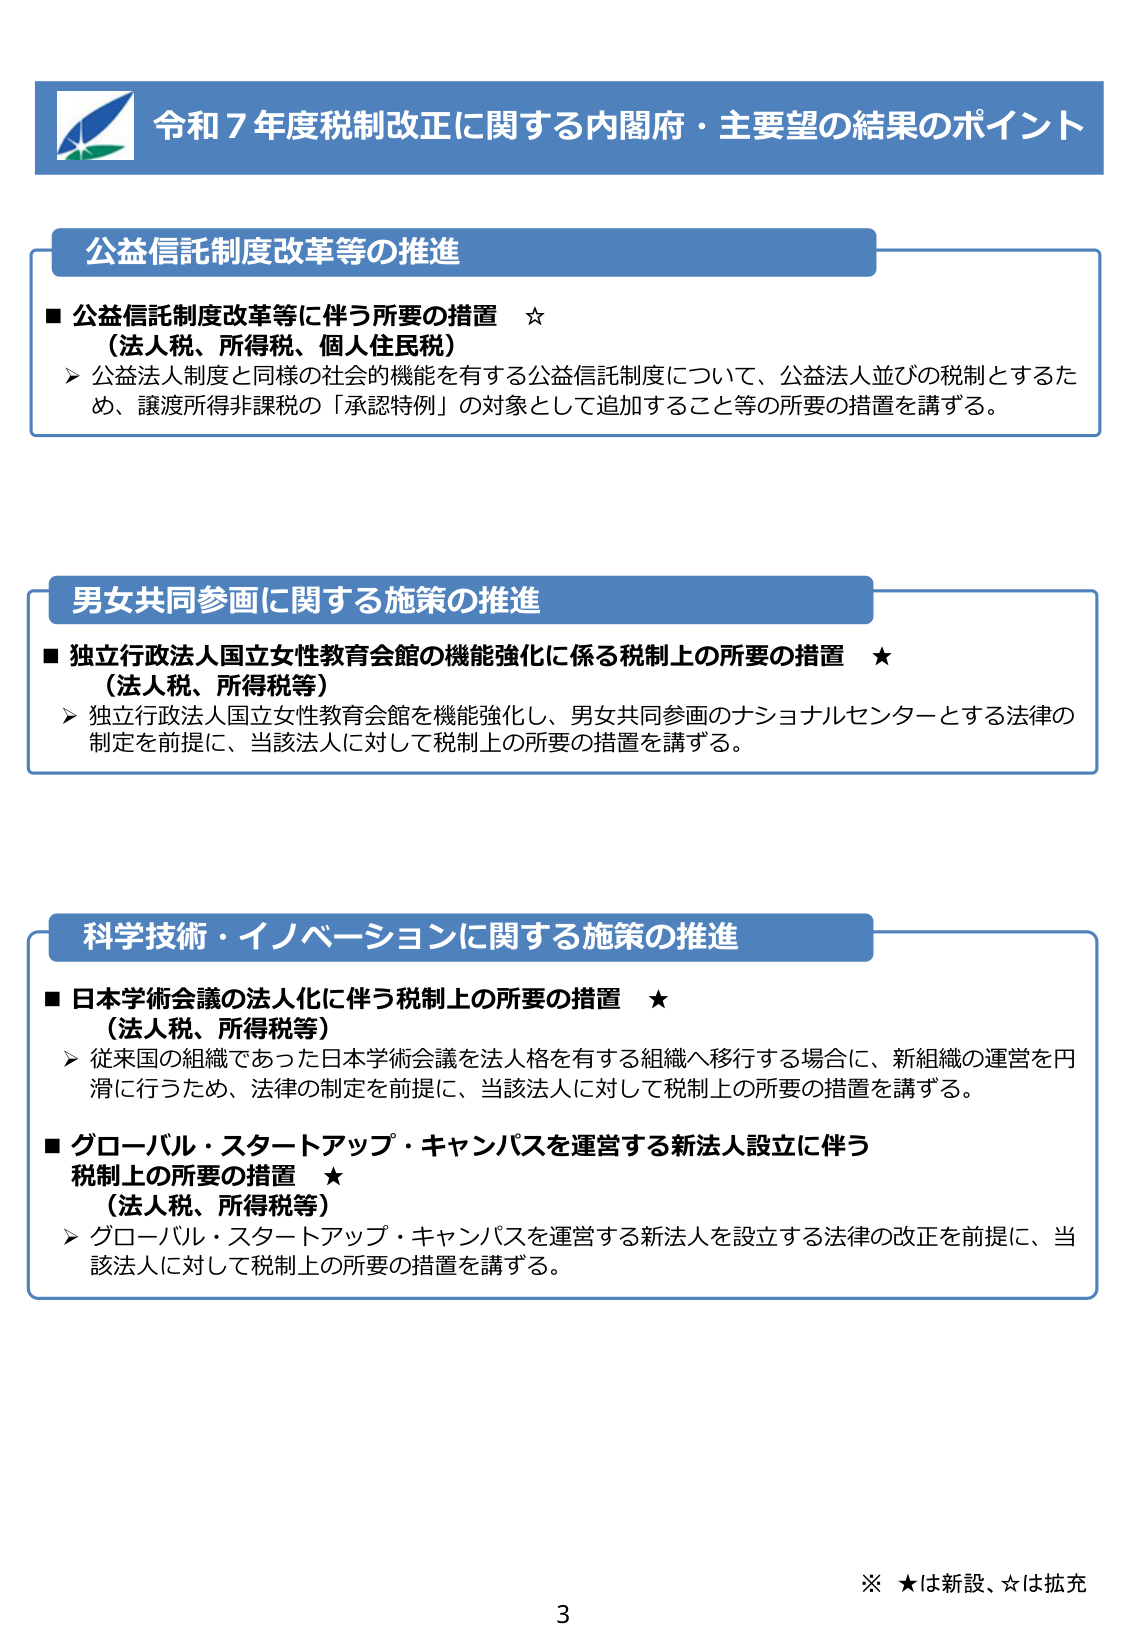
令和７年度税制改正に関する内閣府・主要望の結果のポイント

公益信託制度改革等の推進

■ 公益信託制度改革等に伴う所要の措置 ☆
（法人税、所得税、個人住民税）
▶ 公益法人制度と同様の社会的機能を有する公益信託制度について、公益法人並びの税制とするため、譲渡所得非課税の「承認特例」の対象として追加すること等の所要の措置を講ずる。

男女共同参画に関する施策の推進

■ 独立行政法人国立女性教育会館の機能強化に係る税制上の所要の措置 ★
（法人税、所得税等）
▶ 独立行政法人国立女性教育会館を機能強化し、男女共同参画のナショナルセンターとする法律の制定を前提に、当該法人に対して税制上の所要の措置を講ずる。

科学技術・イノベーションに関する施策の推進

■ 日本学術会議の法人化に伴う税制上の所要の措置 ★
（法人税、所得税等）
▶ 従来国の組織であった日本学術会議を法人格を有する組織へ移行する場合に、新組織の運営を円滑に行うため、法律の制定を前提に、当該法人に対して税制上の所要の措置を講ずる。

■ グローバル・スタートアップ・キャンパスを運営する新法人設立に伴う税制上の所要の措置 ★
（法人税、所得税等）
▶ グローバル・スタートアップ・キャンパスを運営する新法人を設立する法律の改正を前提に、当該法人に対して税制上の所要の措置を講ずる。

※ ★は新設、☆は拡充

3